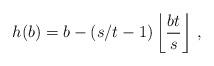
LaTeX: \begin{align*}h(b)=b-(s/t-1)\left\lfloor \frac{bt}{s}\right\rfloor \, ,\end{align*}